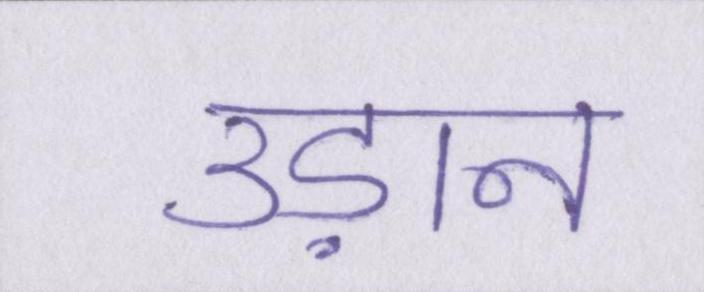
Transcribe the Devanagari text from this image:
उड़ान